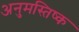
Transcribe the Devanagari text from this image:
अनुमस्तिष्‍क